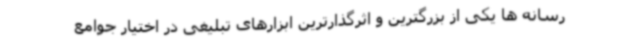
رسانه ها یکی از بزرگترین و اثرگذارترین ابزارهای تبلیغی در اختیار جوامع